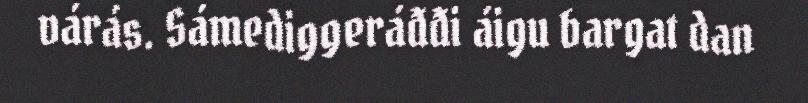
várás. Sámediggeráđđi áigu bargat dan